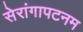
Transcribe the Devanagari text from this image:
सेरांगापटनम